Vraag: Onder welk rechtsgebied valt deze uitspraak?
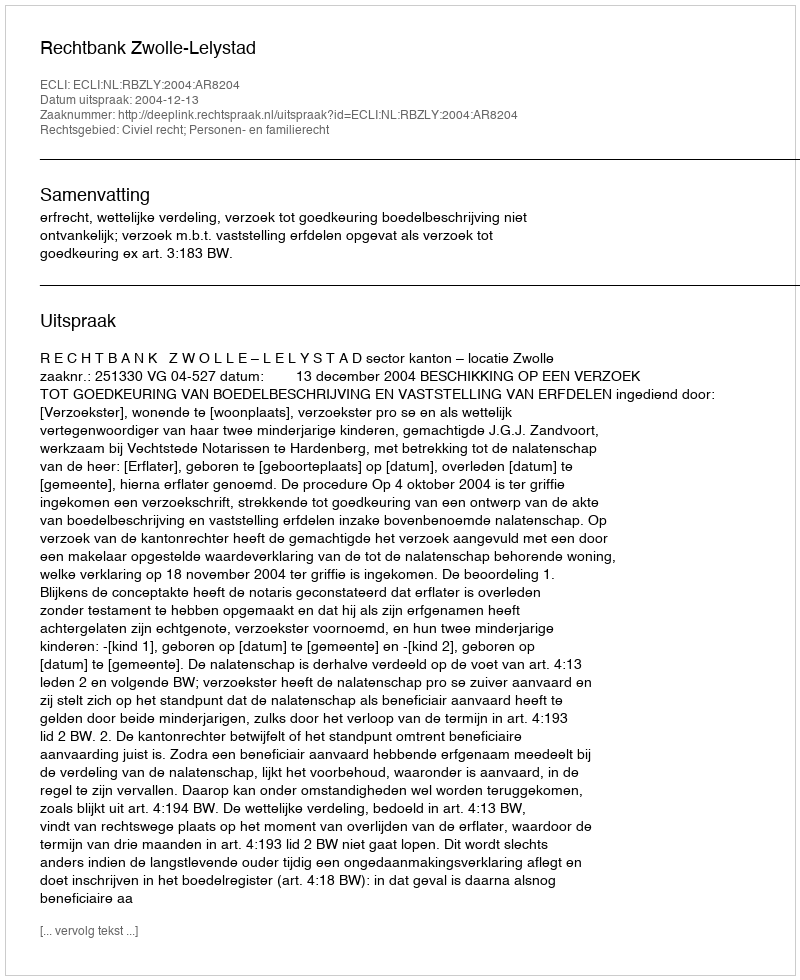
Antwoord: Civiel recht; Personen- en familierecht